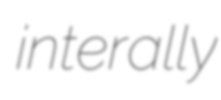
interally